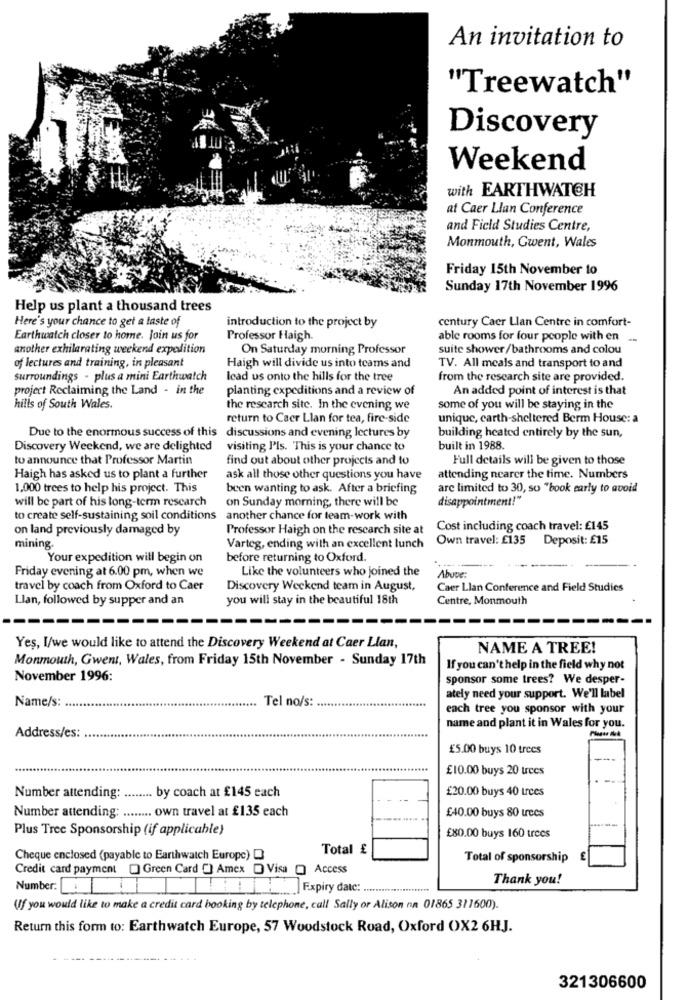
An invitation to
"Treewatch"
Discovery
Weekend
with EARTHWATCH
at Caer Llan Conference
and Field Studies Centre,
Monmouth, Gwent, Wales
Friday 15th November to
Sunday 17th November 1996
Help us plant a thousand trees
Here's your chance to get a taste of
century Caer Llan Centre in comfort-
introduction to the project by
Earthwatch closer to home. Join us for
Professor Haigh.
able rooms for four people with en
another exhilarating weekend expalition
On Saturday morning Professor
suite shower/bathrooms and colou
of lectures and training, in pleasant
Haigh will divide us into teams and
TV. All meals and transport to and
surroundings - plus a mini Earthwatch
lead us onto the hills for the tree
from the research site are provided.
project Reclaiming the Land - in the
planting expeditions and a review of
An added point of interest is that
hills of South Wales.
the research site. In the evening we
some of you will be staying in the
return to Caer Llan for tea, fire-side
unique, carth-sheltered Berm House: a
Due to the enormous success of this
discussions and evening lectures by
building heated entirely by the sun,
Discovery Weekend, we are delighted
visiting P'Is. This is your chance to
built in 1988.
to announce that Professor Martin
find out about other projects and to
Full details will be given to those
Haigh has asked us to plant a further
ask all those other questions you have
attending nearer the time. Numbers
1,000 trees to help his project. This
been wanting to ask. After a briefing
are limited to 30, so "book early to avoid
will be part of his long-term research
on Sunday morning, there will be
disappointment!"
to create self-sustaining soil conditions
another chance for team-work with
on land previously damaged by
Professor Haigh on the research site at
Cost including coach travel: £145
Varteg, ending with an excellent lunch Own travel: £135 Deposit: £15
mining.
Your expedition will begin on
before returning to Oxford.
Friday evening at 6.00 pm, when we
Like the volunteers who joined the
Above:
travel by coach from Oxford to Caer
Discovery Weekend team in August,
Caer Llan Conference and Field Studies
Llan, followed by supper and an
you will stay in the beautiful 18th
Centre, Monmouth
-------
Yes, I/we would like to attend the Discovery Weekend at Caer Llan,
NAME A TREE!
Monmouth, Gwent, Wales, from Friday 15th November - Sunday 17th
If you can't help in the field why not
November 1996:
sponsor some trees? We desper-
Name/s:
Tel no/s:
ately need your support. We'll label
........
each tree you sponsor with your
name and plant it in Wales for you.
Address/es:
£5.00 buys 10 trees
£10.00 buys 20 trees
..... by coach at £145 each
£20.00 buys 40 Lrces
Number attending:
Number attending:
........ own travel at £135 each
£40.00 buys 80 urecs
Plus Tree Sponsorship (if applicable)
£80.00 buys 160 trees
Total £
Cheque enclosed (payable to Earthwatch Europe) O
Total of sponsorship
Credit card payment [ Green Card [] Amex O Visa O) Access
Thank you!
Number:
HEExpiry date: .................
(If you would like to make a credit card booking by telephone, call Sally or Alison nn 01865 311600).
Return this form to: Earthwatch Europe, 57 Woodstock Road, Oxford OX2 6HJ.
321306600